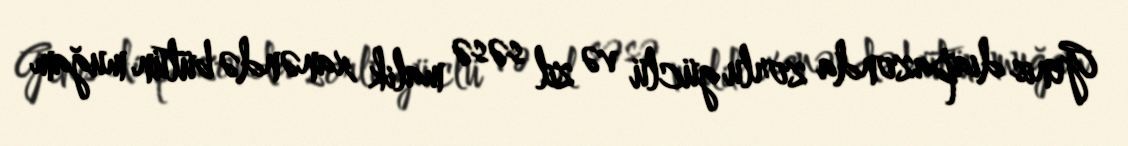
Genis diapazonda zorlu güclü və zil səsə malik xanəndə bütün muğam